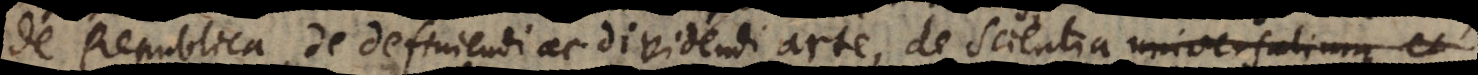
de Republica, de definiendi ac dividendi arte, de Scientia universalium et